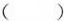
( )